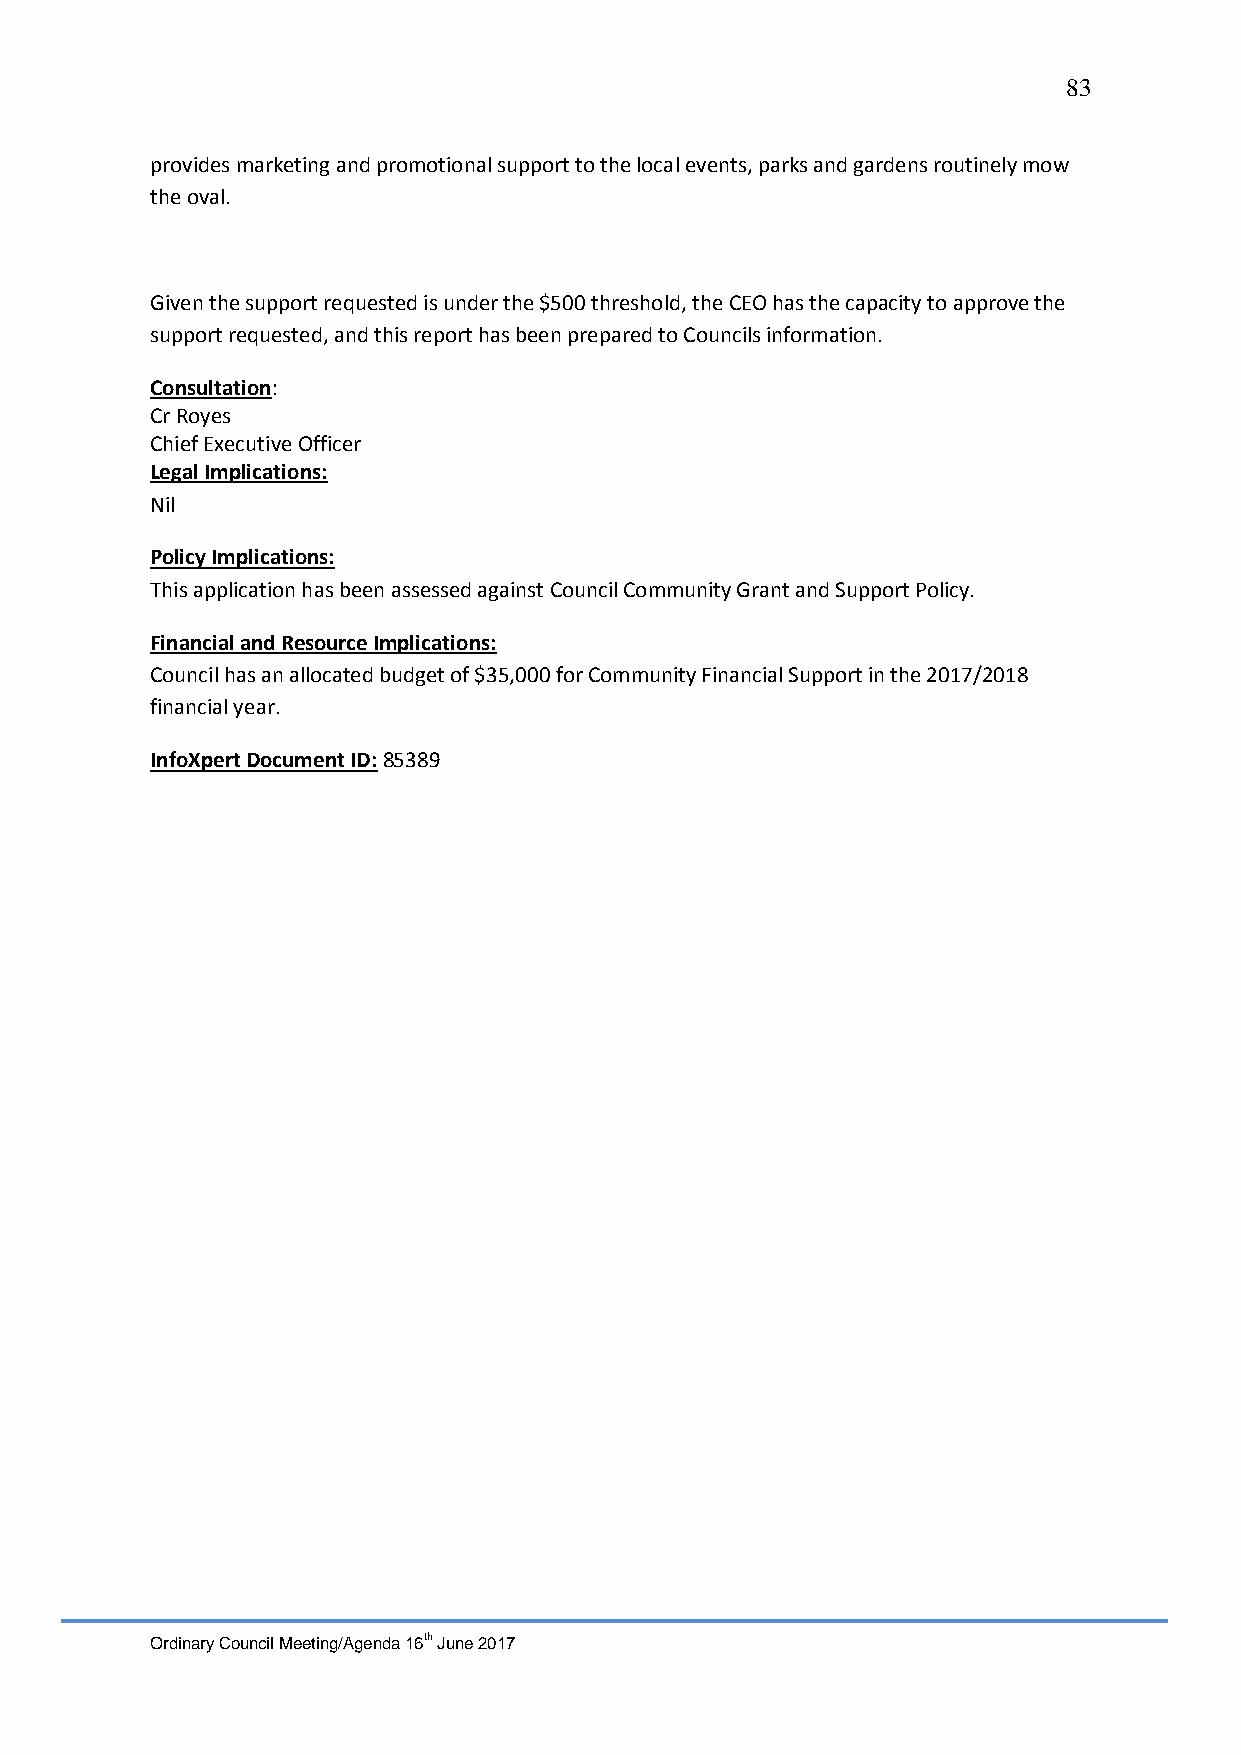
83
 provides marketing and promotional support to the local events, parks and gardens routinely mow
 the oval.
 Given the support requested is under the $500 threshold, the CEO has the capacity to approve the
 support requested, and this report has been prepared to Councils information.
 Consultation:
 Cr Royes
 Chief Executive Officer
 Legal Implications:
 Nil
 Policy Implications:
 This application has been assessed against Council Community Grant and Support Policy.
 Financial and Resource Implications:
 Council has an allocated budget of $35,000 for Community Financial Support in the 2017/2018
 financial year.
 InfoXpert Document ID: 85389
 Ordinary Council Meeting/Agenda 16th June 2017